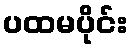
ပထမပိုင်း